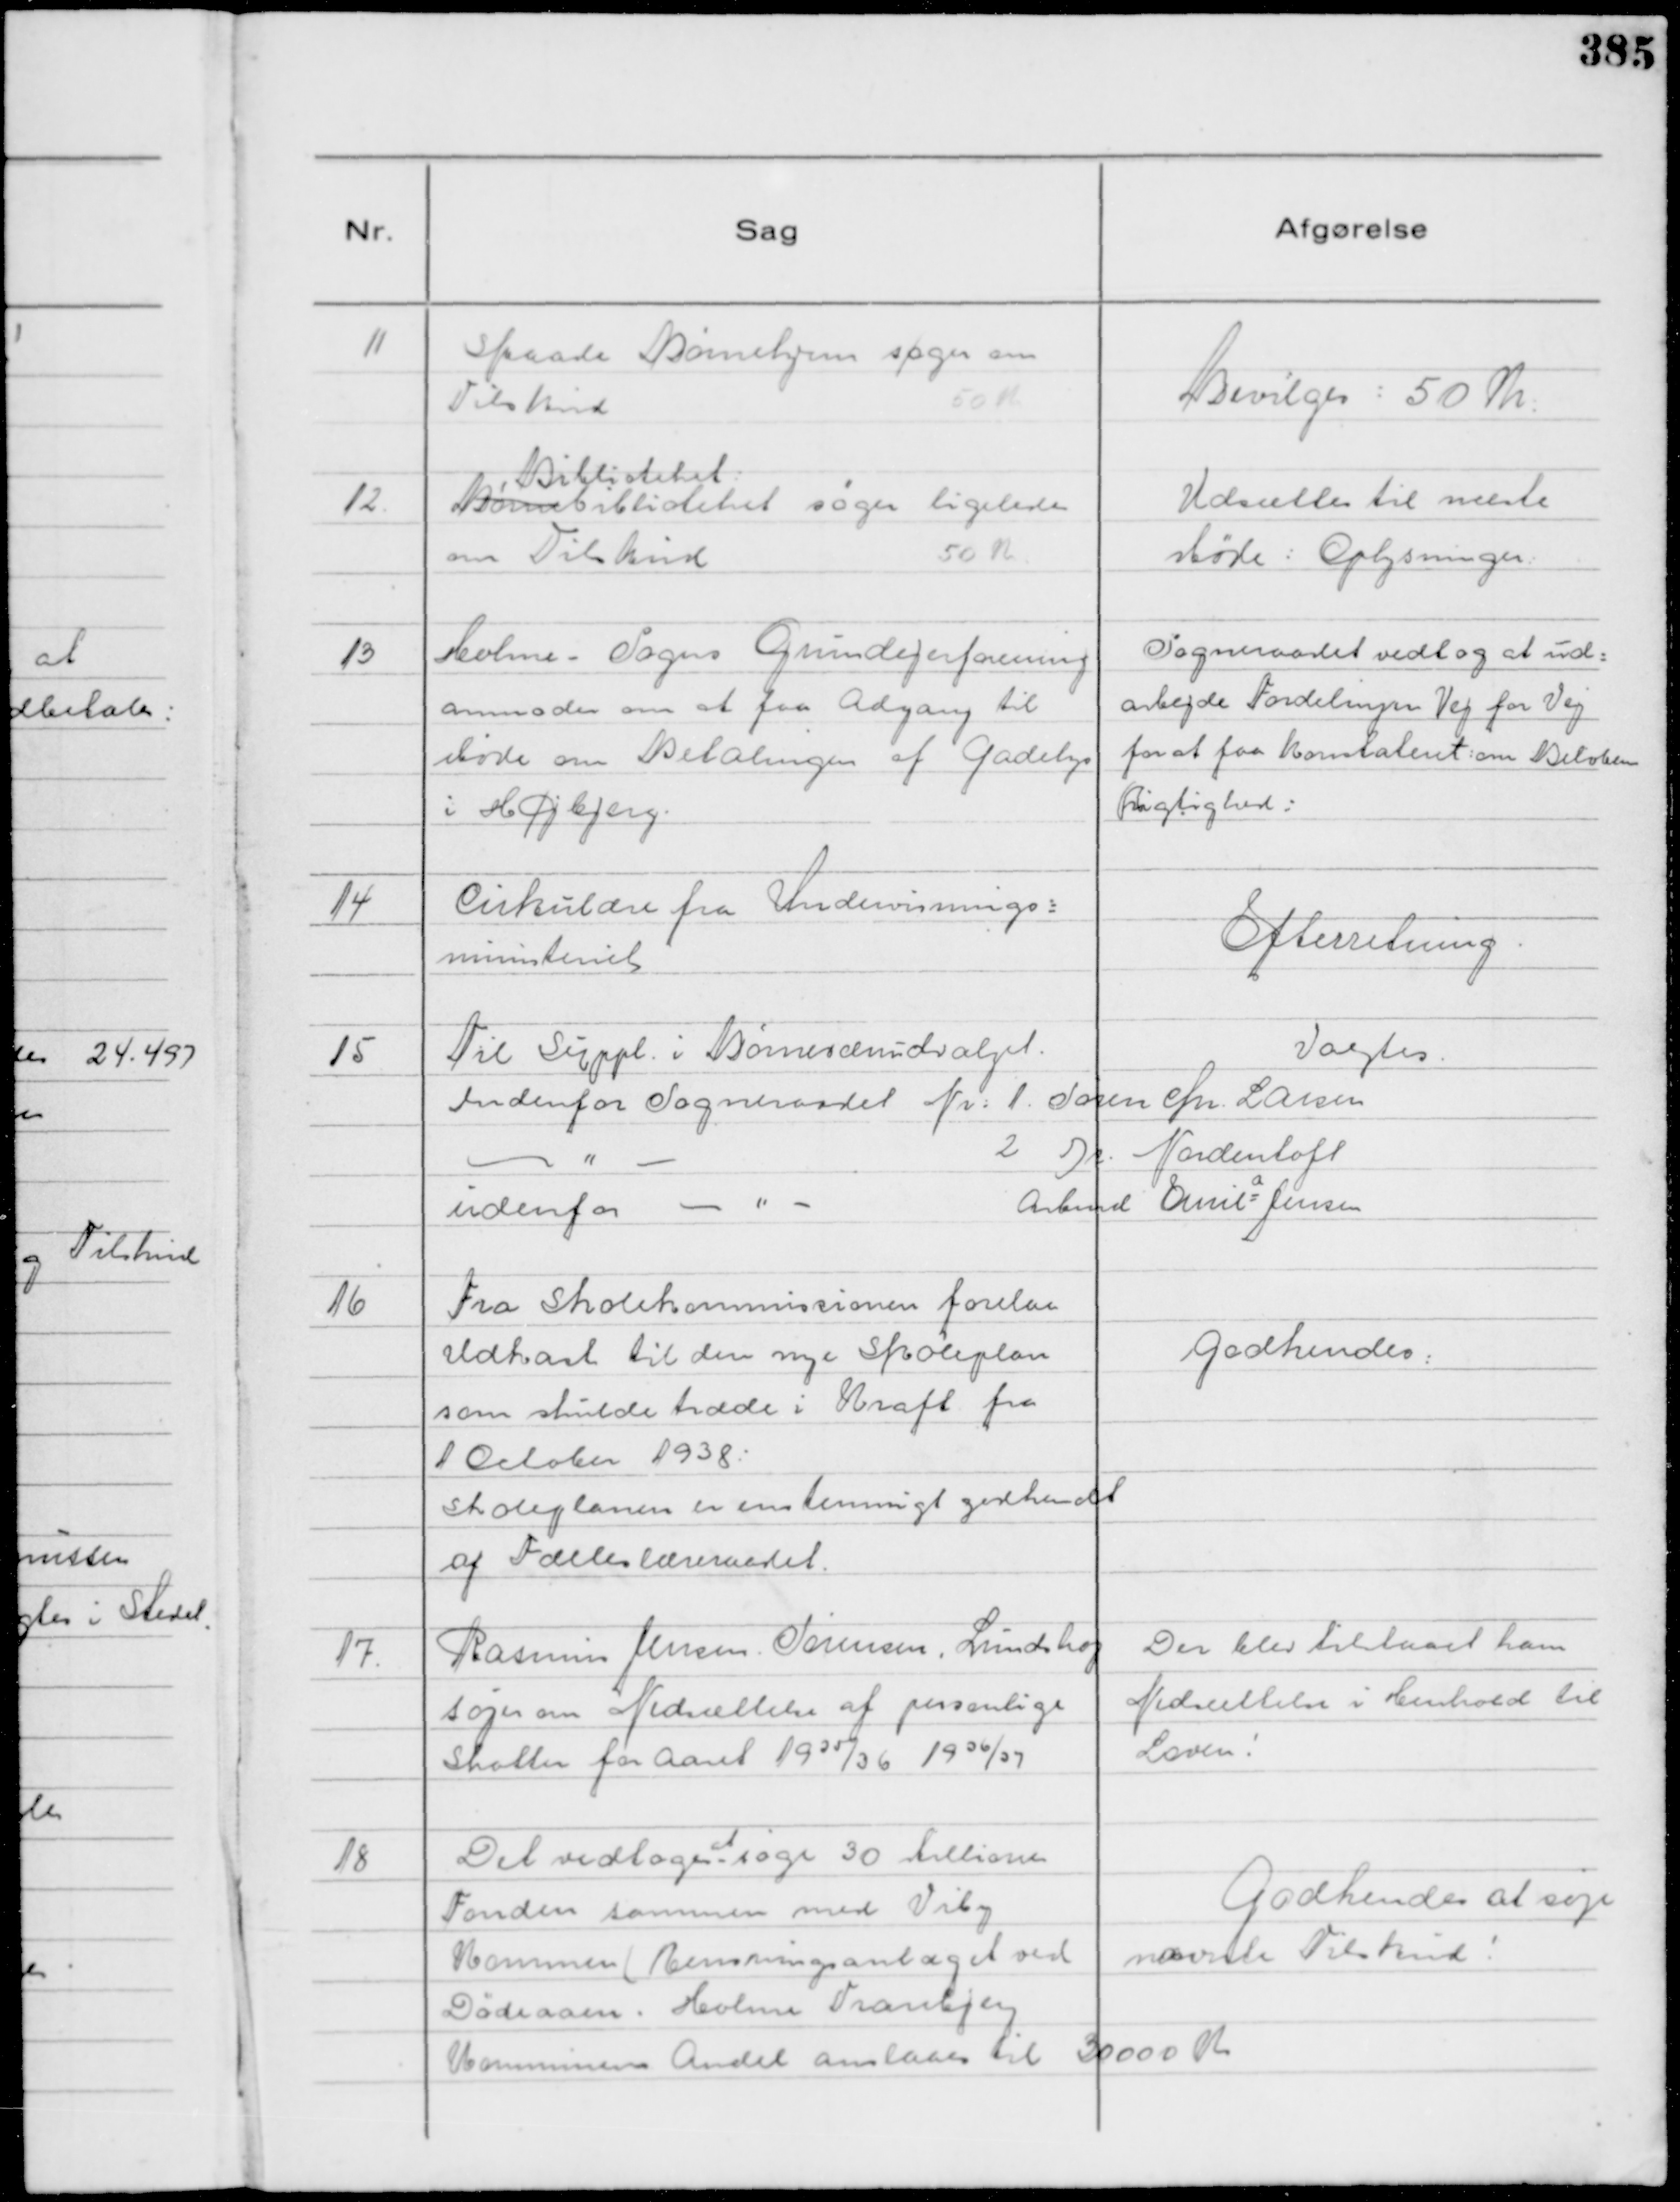
Transskription:
11
Skaade Børnehjem søger om
Tilskud
50 K

Bevilges: 50 Kr:

12
Børnebiblioteket
Biblioteket
søger ligeledes
om Tilskud
50 K

Udsættes til næste
Møde: Oplysninger:

13
Holme - Sogns Grundejerforening
anmoder om at faa Adgang til
Møde om Betalingen af Gadelys
i Højbjerg.

Sogneraadet vedtog at ud=
arbejde Fordelingen Vej for Vej
for at faa konstateret om Beløbene
Rigtighed:

14
Cirkulære fra Undervisnings=
ministeriet

Efterretning.

15
Til Suppl. i Børnevænudvalget.
Valgtes.
Indenfor Sogneraadet Nr: 1. Søren Chr. Larsen
- " -
2 Dr. Nordentoft
udenfor - " -
Arbmd Emil a Jensen

16
Fra Skolekommissionen forelaa
Udkast til den nye Skoleplan
som skulde træde i Kraft fra
1 October 1938:
Skoleplanen er enstemmigt godkendt
af Fælleslæreraadet.

Godkendes:

17.
Rasmus Jensen Sørensen, Lundshøj
søger om Nedsættelse af personlige
Skatter for Aaret 1935/36 1936/37

Der blev tilstaaet ham
Nedsættelse i Henhold til
Loven!

18
Det vedtoges
at
søge 30 Millioner
Fonden sammen med Viby
Kommen ( Rensningsanlæget ved
Dødeaaen. Holme Tranbjerg
Kommunes Andel anslaaes til 30000 Kr

Godkendes at søge
nævnte Tilskud!